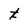
Character: t